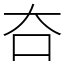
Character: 夻